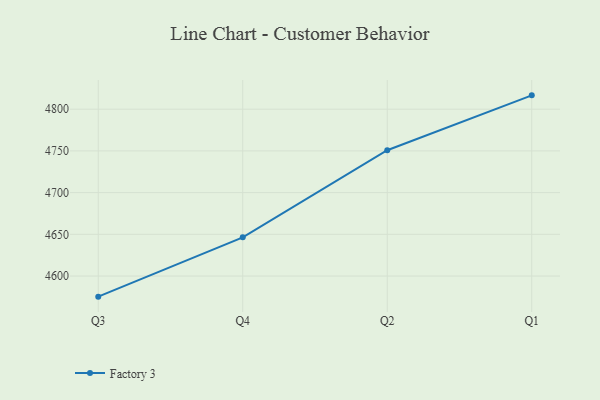
{"axis": {"x": "Quarter", "y": "Net Income (USD K)"}, "legend": ["Factory 3"], "data": [{"x": "Q3", "y": 4575.3, "type": "Factory 3"}, {"x": "Q4", "y": 4646.4, "type": "Factory 3"}, {"x": "Q2", "y": 4750.8, "type": "Factory 3"}, {"x": "Q1", "y": 4816.6, "type": "Factory 3"}]}